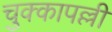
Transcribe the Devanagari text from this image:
चुक्कापल्ली